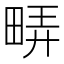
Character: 𬏇